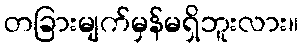
တခြားမျက်မှန်မရှိဘူးလား။